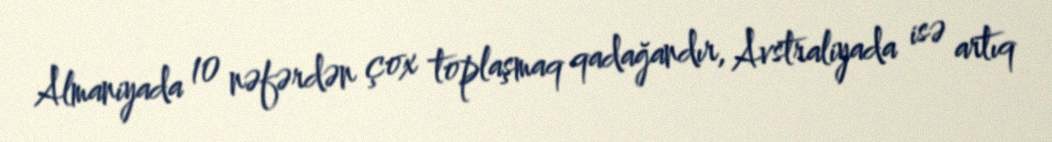
Almaniyada 10 nəfərdən çox toplaşmaq qadağandır, Avstraliyada isə artıq